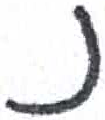
אות: נ